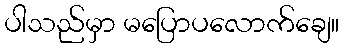
ပါသည်မှာ မပြောပလောက်ချေ။